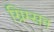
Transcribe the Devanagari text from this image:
ग्रिम्सन